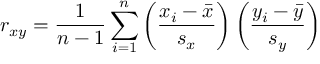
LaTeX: r _ { x y } = { \frac { 1 } { n - 1 } } \sum _ { i = 1 } ^ { n } \left( { \frac { x _ { i } - { \bar { x } } } { s _ { x } } } \right) \left( { \frac { y _ { i } - { \bar { y } } } { s _ { y } } } \right)